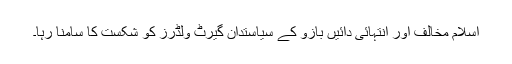
اسلام مخالف اور انتہائی دائیں بازو کے سیاستدان گیرٹ وِلڈرز کو شکست کا سامنا رہا۔